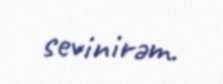
sevinirəm.